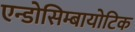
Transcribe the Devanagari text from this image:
एन्डोसिम्बायोटिक